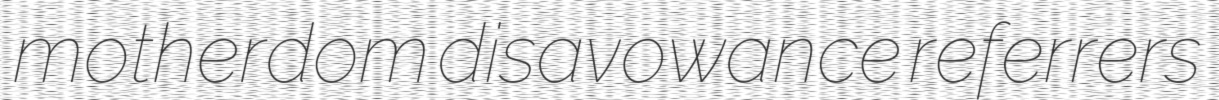
motherdom disavowance referrers